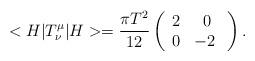
LaTeX: \begin{align*}<H|T^\mu_\nu|H>=\frac{\pi T^{2}}{12}\left(\begin{array}{cc} 2 & 0 \\ 0 &-2 \ \end{array}\right).\end{align*}